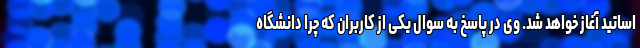
اساتید آغاز خواهد شد. وی در پاسخ به سوال یکی از کاربران که چرا دانشگاه